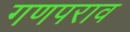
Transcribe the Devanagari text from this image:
गणपराव